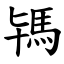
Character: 駂